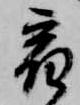
宿